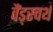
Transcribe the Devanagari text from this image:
वैंड्स्वर्थ